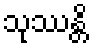
သုဿန္တိ